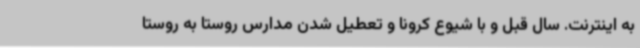
به اینترنت. سال قبل و با شیوع کرونا و تعطیل شدن مدارس روستا به روستا